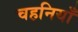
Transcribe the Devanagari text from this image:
चहनियाँ